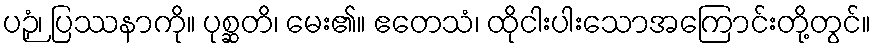
ပဉှံ၊ ပြဿနာကို။ ပုစ္ဆတိ၊ မေး၏။ ဧတေသံ၊ ထိုငါးပါးသောအကြောင်းတို့တွင်။